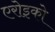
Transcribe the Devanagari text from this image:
एरोइको